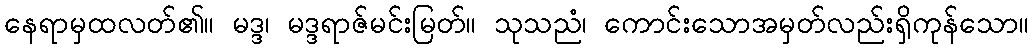
နေရာမှထလတ်၏။ မဒ္ဒ၊ မဒ္ဒရာဇ်မင်းမြတ်။ သုသညံ၊ ကောင်းသောအမှတ်လည်းရှိကုန်သော။